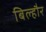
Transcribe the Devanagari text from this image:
बिल्‍हौर